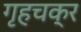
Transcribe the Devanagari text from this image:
गृहचक्र